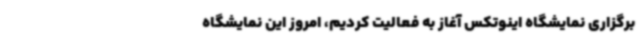
برگزاری نمایشگاه اینوتکس آغاز به فعالیت کردیم، امروز این نمایشگاه